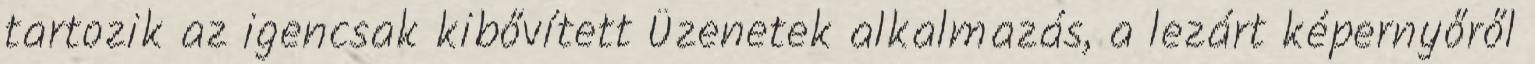
tartozik az igencsak kibővített Üzenetek alkalmazás, a lezárt képernyőről